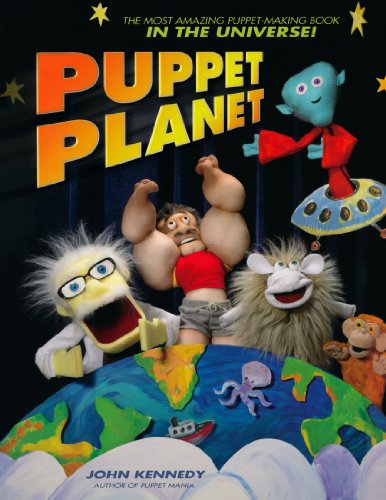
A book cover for Puppet Planet: The Most Amazing Puppet-Making Book in the Universe; John Kennedy; Crafts, Hobbies & Home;